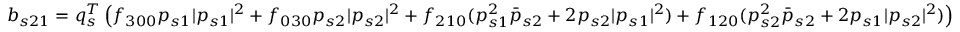
b _ { s 2 1 } = { q } _ { s } ^ { T } \left( f _ { 3 0 0 } p _ { s 1 } | p _ { s 1 } | ^ { 2 } + f _ { 0 3 0 } p _ { s 2 } | p _ { s 2 } | ^ { 2 } + f _ { 2 1 0 } ( p _ { s 1 } ^ { 2 } \bar { p } _ { s 2 } + 2 p _ { s 2 } | p _ { s 1 } | ^ { 2 } ) + f _ { 1 2 0 } ( p _ { s 2 } ^ { 2 } \bar { p } _ { s 2 } + 2 p _ { s 1 } | p _ { s 2 } | ^ { 2 } ) \right)